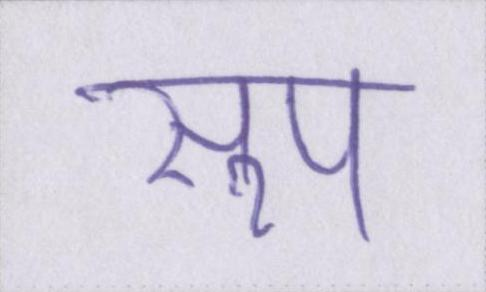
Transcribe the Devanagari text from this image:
सूप